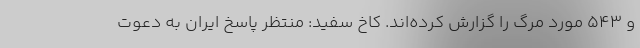
و ۵۴۳ مورد مرگ را گزارش کرده‌اند. کاخ ‌سفید: منتظر پاسخ ایران به دعوت